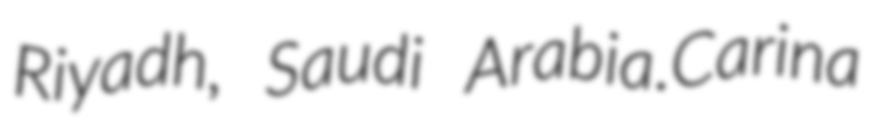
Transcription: Riyadh, Saudi Arabia.Carina